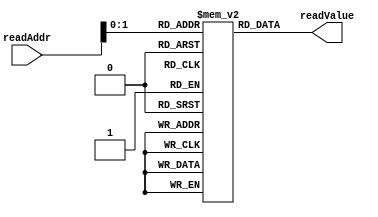
module memory(  readAddr,  readValue);

   
   input [7:0] readAddr;
   
   output [7:0] readValue;
   	
   wire  signed  [7:0] readValue;
	
   reg signed [7:0] memoryfile [2:0];
	
   initial begin
      memoryfile[0] = -20; //A
      memoryfile[1] = 10; //B
      memoryfile[2] = 2; //C
   end
   assign readValue=memoryfile[readAddr];

endmodule